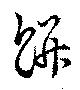
餅